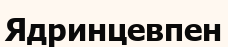
Ядринцевпен